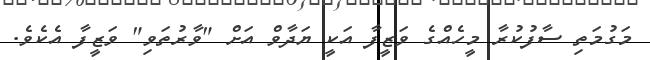
މަގުމަތި ސާފުކުރާ މީހެއްގެ ވަޒީފާ އަކީ ޔަދާވް އަށް "ވާރުތަވި" ވަޒީފާ އެކެވެ.